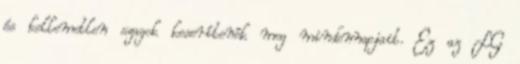
és kellemetlen szagok keserítenék meg mindennapjait. Ez az LG